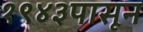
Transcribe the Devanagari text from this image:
१९४३पासून